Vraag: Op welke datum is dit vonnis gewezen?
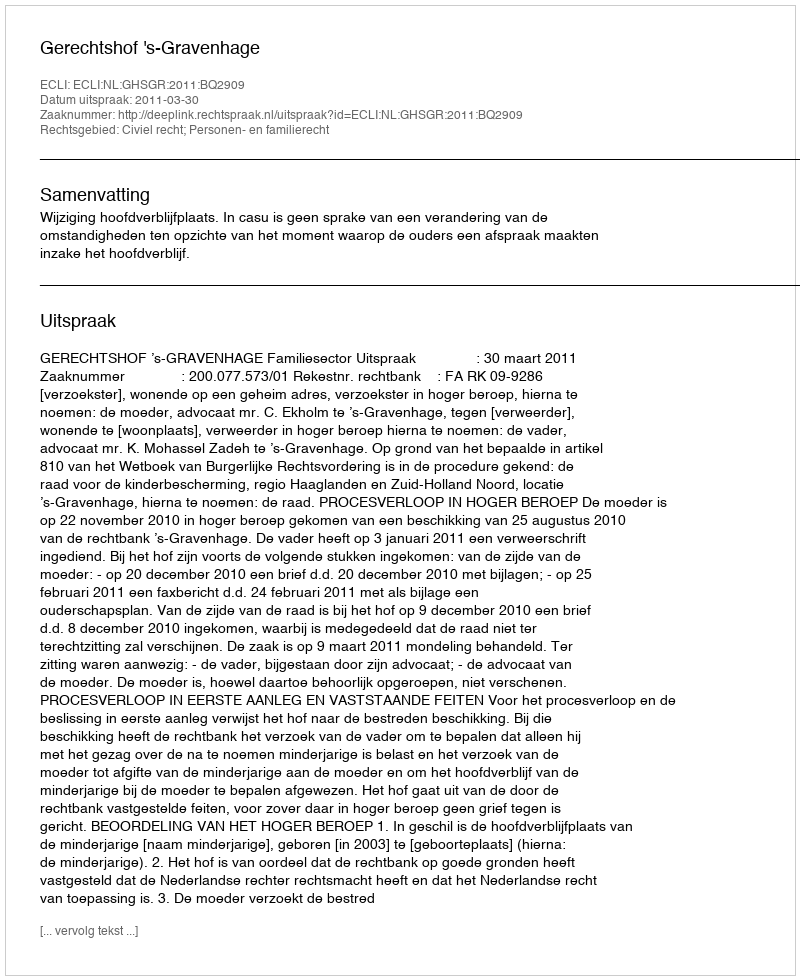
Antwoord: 2011-03-30